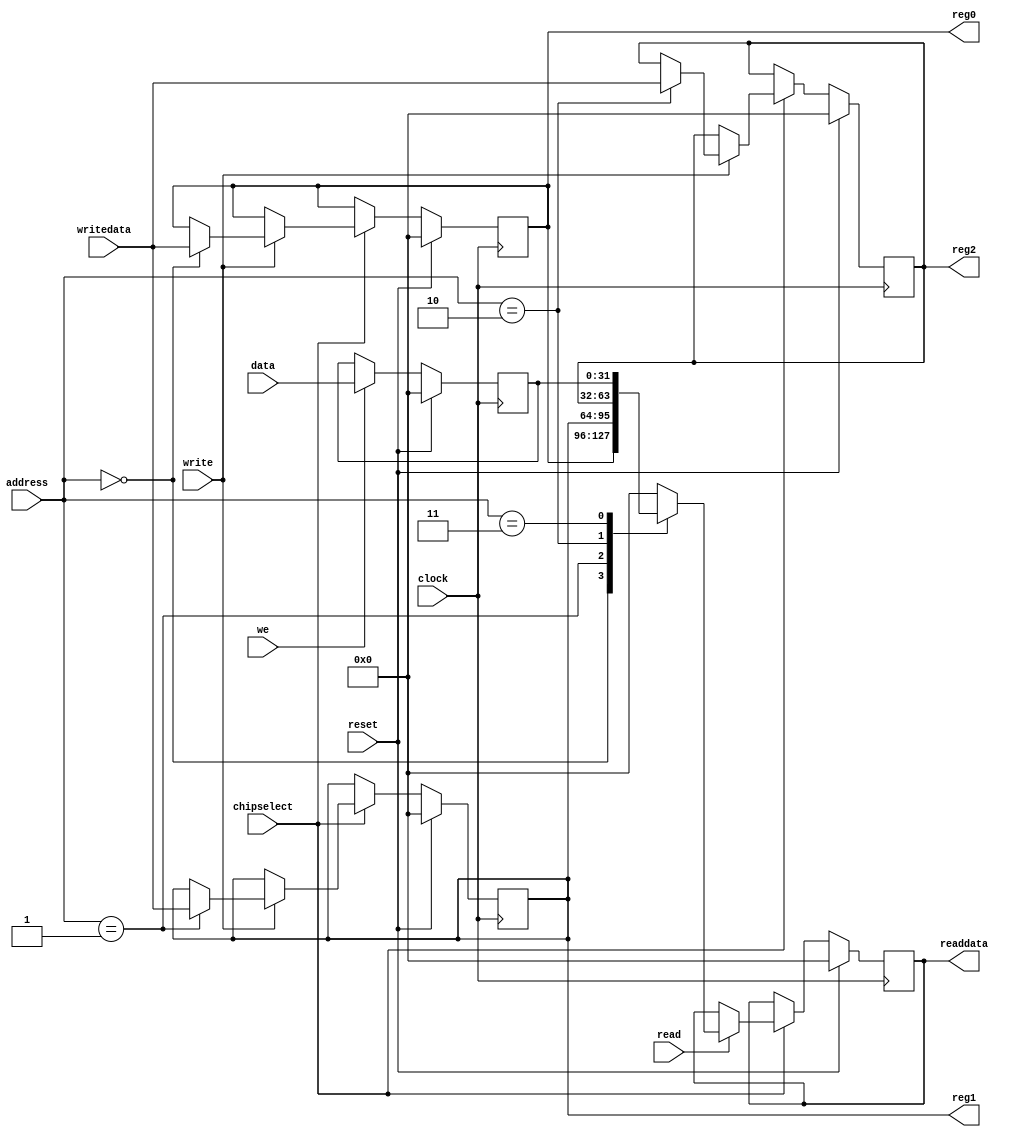
module avalon_slave_MM_interface_timer(//Avalon MM interface signals
                                 input reset,
                                 input clock,
                                 input chipselect,
                                 input [2:0]  address, 
                                 input write,
                                 input [31:0] writedata,
                                 input read,                                         
                                 output reg [31:0] readdata,
                                 //Interface con nuestra logica.
                                   // Registros 0, 1 y 2 de lectura 
                                 output reg [31:0] reg0, reg1, reg2, 
                                   // Datos para el registro interno reg3
                                 input  [31:0] data,
                                   // Write enable para el registro interno.
                                 input   we);
                                            
                                        
// Componente con 3 registros mapeados en memoria reg0, reg1, reg2 y reg3
// reg0, reg1 y reg2 son registros de lectura y escritura
// reg3 es un registro de solo lectura
reg [31:0] reg3;
always @(posedge clock)
    if (reset)
    begin
          reg0 <= 32'd0;
          reg1 <= 32'd0;
          reg2 <= 32'd0;
          reg3 <= 32'd0;    
          readdata <= 32'd0; 
     end                                
     else
    begin
          if (chipselect)
          begin
              // Proceso de escritura en el interface Avalon MM
              if (write)
               begin
                   case(address)
                     3'd0 : reg0 <= writedata;
                     3'd1 : reg1 <= writedata;
                     3'd2 : reg2 <= writedata;
                    endcase           
              end
              // Proceso de lectura del interface Avalon MM
              if (read)
              begin
                    case(address)
                    3'd0 : readdata <= reg0;
                    3'd1 : readdata <= reg1;
                    3'd2 : readdata <= reg2;
                    3'd3 : readdata <= reg3;
                    // Si la direccion es incorrecta devuelvo todo ceros.
                   default: readdata <= 32'd0; 
                   endcase  
              end
              // Proceso de escritura en el registro 2
           end
           if (we) 
            reg3 <= data;           
        
    end                                         
endmodule